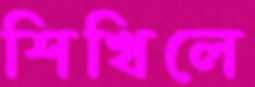
শিখিলে